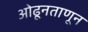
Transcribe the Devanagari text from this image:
ओढूनताणून